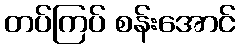
တပ်ကြပ် စန်းအောင်